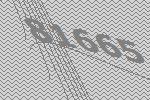
81665